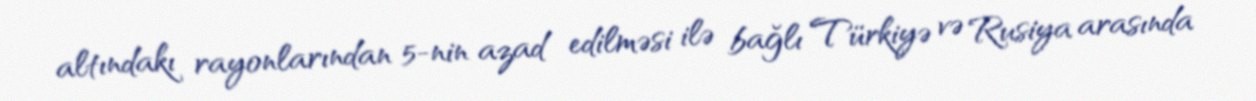
altındakı rayonlarından 5-nin azad edilməsi ilə bağlı Türkiyə və Rusiya arasında